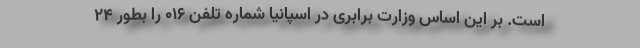
است. بر این اساس وزارت برابری در اسپانیا شماره تلفن ۰۱۶ را بطور ۲۴